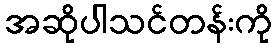
အဆိုပါသင်တန်းကို